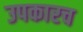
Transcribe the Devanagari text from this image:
उपकारच